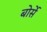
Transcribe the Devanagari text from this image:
बोर्से